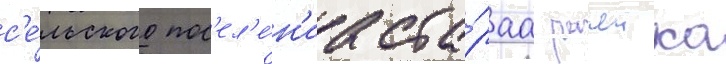
с'е́льского пос'ел'е́н'иа ста́раа рачеика